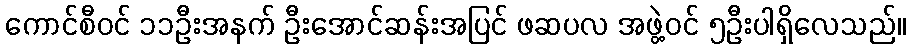
ကောင်စီဝင် ၁၁ဦးအနက် ဦးအောင်ဆန်းအပြင် ဖဆပလ အဖွဲ့ဝင် ၅ဦးပါရှိလေသည်။